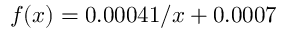
f ( x ) = 0 . 0 0 0 4 1 / x + 0 . 0 0 0 7